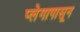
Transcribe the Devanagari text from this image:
प्लेगापासून